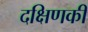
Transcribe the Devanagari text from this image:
दक्षिणकी